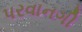
પરવાનગી